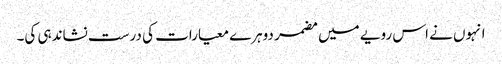
انہوں نے اس رویے میں مضمر دوہرے معیارات کی درست نشاندہی کی۔